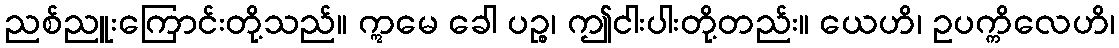
ညစ်ညူးကြောင်းတို့သည်။ ဣမေ ခေါ ပဉ္စ၊ ဤငါးပါးတို့တည်း။ ယေဟိ၊ ဥပက္ကိလေဟိ၊